Lunatic asylums United Prov. 1922-30 - 1922-1930
Year: 1922
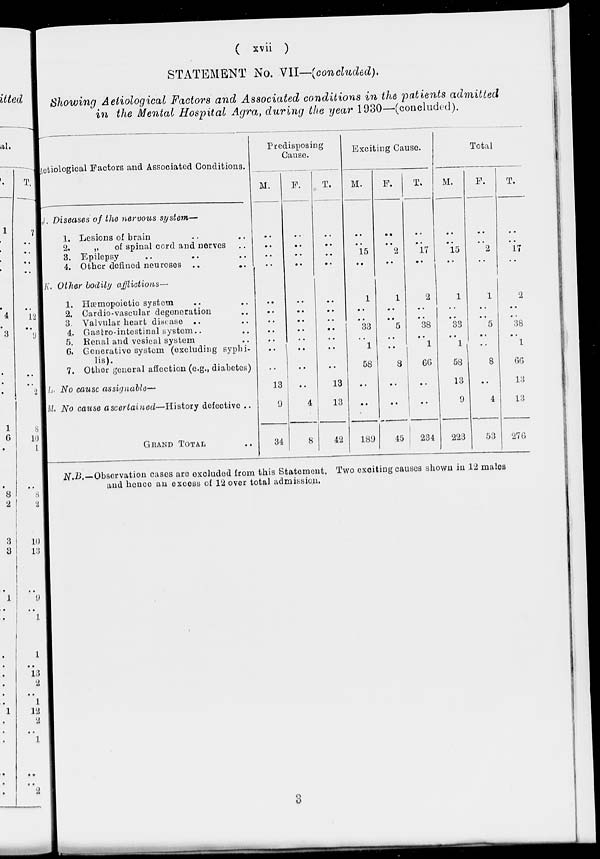
( xvii )
STATEMENT No. VII—(concluded).
Showing Aetiological Factors and Associated conditions in the patients admitted
in the Mental Hospital Agra, during the year 1930—(concluded).
Aetiological Factors and Associated Conditions.
J. Diseases of the nervous system—
1. Lesions of brain .. ..
2.
„
of spinal cord and nerves ..
3. Epilepsy .. .. ..
4. Other defined neuroses ..
..
K. Other bodily afflictions—
1. Hæmopoietic system .. ..
2. Cardio-vascular degeneration ..
3. Valvular heart disease .. ..
4. Gastro-intestinal system .. .. ..
5. Renal and vesical system ..
6. Generative system (excluding syphi-
lis).
7. Other general affection (e.g., diabetes)
L. No cause assignable—
M. No cause ascertained—History
defective ..
GRAND TOTAL ..
Predisposing
Cause.
M.
..
..
..
..
..
..
..
..
..
..
..
13
9
34
F.
..
..
..
..
..
..
..
..
..
..
..
..
4
8
T.
..
..
..
..
..
..
..
..
..
..
..
13
13
42
Exciting Cause.
M.
..
..
15
..
1
..
..
33
..
1
58
..
..
189
F.
..
..
2
..
1
..
..
5
..
..
8
..
..
45
T.
..
..
17
..
2
..
..
38
..
1
66
..
..
234
Total
M.
..
..
15
..
1
..
..
33
..
1
58
13
9
223
F.
..
..
2
..
1
..
..
5
..
..
8
..
4
53
T.
..
..
17
..
2
..
..
38
..
1
66
13
13
276
N.B.—Observation cases are excluded from this Statement. Two exciting causes shown in 12 males
and hence an excess of 12 over total admission.
3